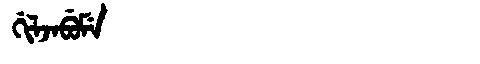
Manchu: ᡤᡳᠯᠵᠠᠪᡠᠮᡝ
Romanization: GILJABUME